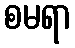
စမရာ